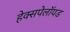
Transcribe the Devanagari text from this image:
हेक्सपेलॉयड